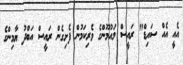
އެއީ އެއް ސައިޑް" ރައީސް މައުމޫންގެ ވެރިކަމުން ފެށިގެން ރައީސް އަބްދު ޔާމިންގެ